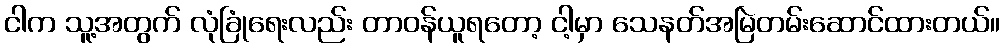
ငါက သူ့အတွက် လုံခြုံရေးလည်း တာဝန်ယူရတော့ ငါ့မှာ သေနတ်အမြဲတမ်းဆောင်ထားတယ်။